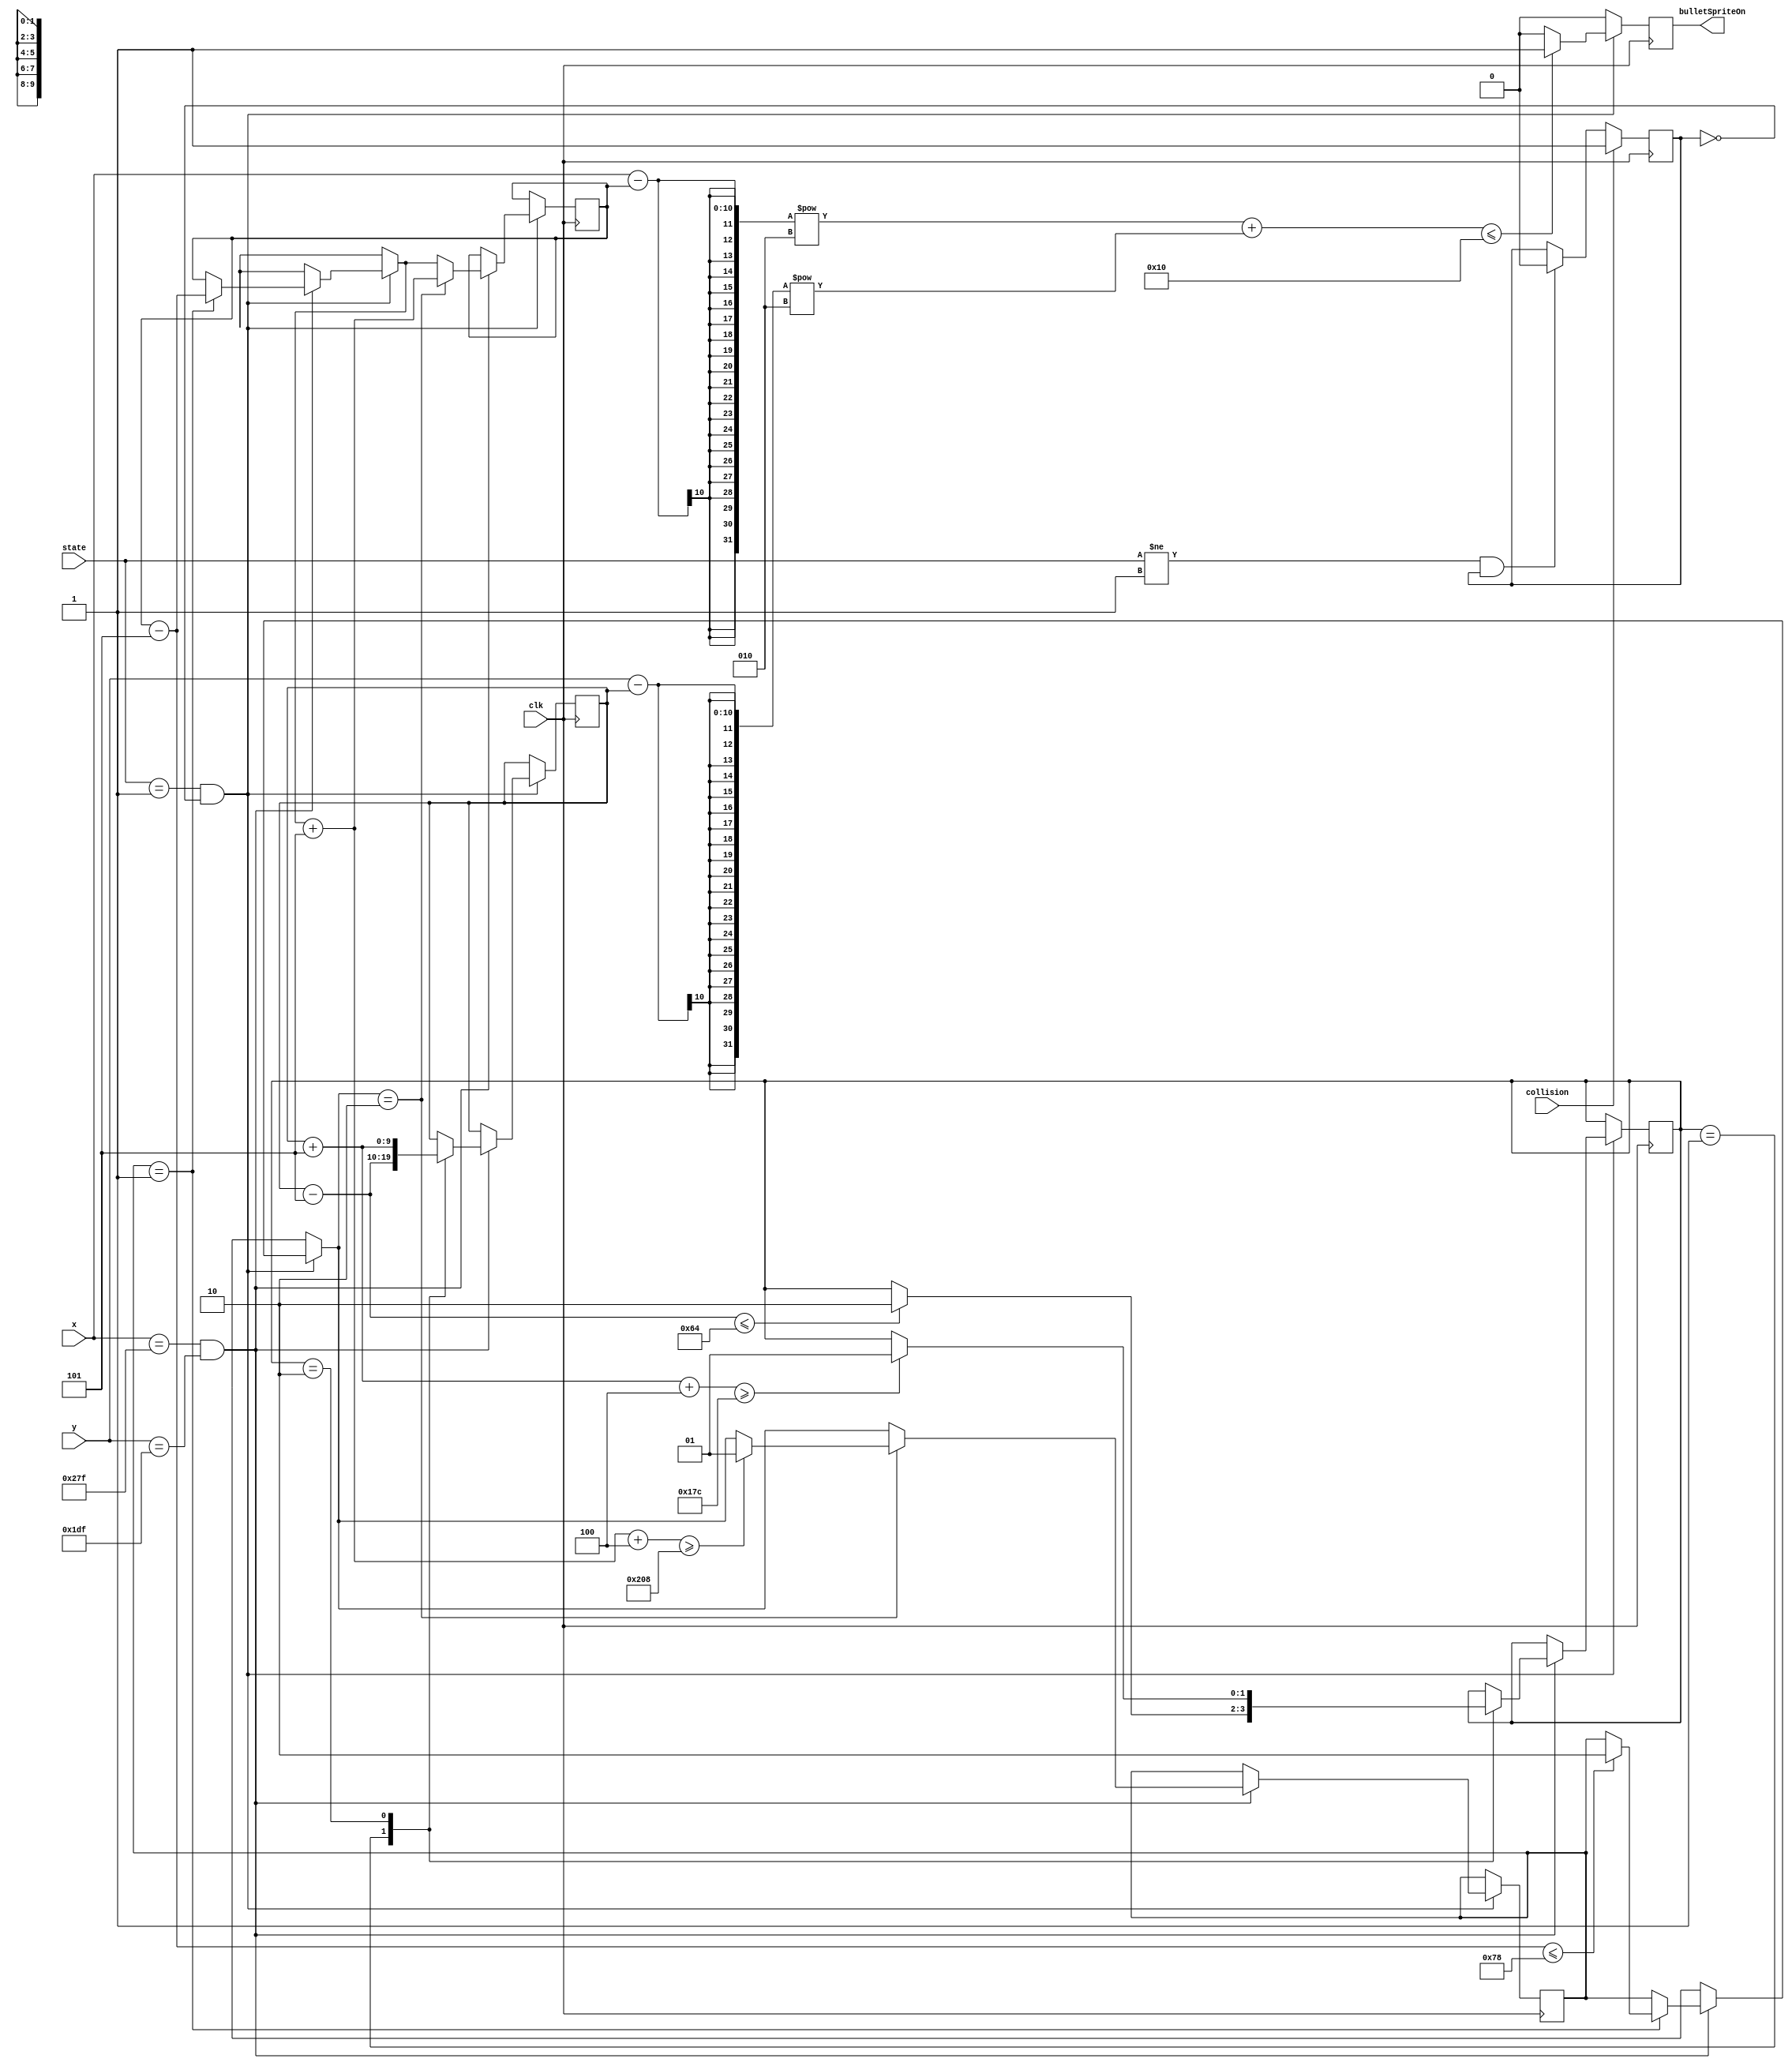
`timescale 1ns / 1ps
//////////////////////////////////////////////////////////////////////////////////
// Company: 
// Engineer: 
// 
// Design Name: 
// Module Name: bullet_sprite3
// Project Name: 
// Target Devices: 
// Tool Versions: 
// Description: 
// 
// Dependencies: 
// 
// Revision:
// Revision 0.01 - File Created
// Additional Comments:
// 
//////////////////////////////////////////////////////////////////////////////////


module bullet_sprite3(
    input wire clk,
    input wire[3:0] state,
    input wire[9:0] x,y,
    input wire collision,
    output reg bulletSpriteOn
    );
    reg [9:0] x_reg = 200, y_reg = 200; //initial pos of bullet
    reg [1:0] x_dir = 1, y_dir = 1; //0 is stop, 1 is negative, 2 is positive
    reg [9:0] address;
    reg bulletState = 0;
    localparam bulletWidth = 4;//31;
    localparam bulletHeight = 4;//30;
   
    
always @(posedge clk)
    begin
        if (state!=1 && bulletState!=0)
            bulletState <= 0;
        if (collision)
            bulletState <= 1;
        if (state==1 && bulletState==0)
        begin
//            if (x==x_reg-1&&y==y_reg-1)
//            begin
//                address <= 0;
//                bulletSpriteOn <= 1;
//            end
//            if (x>=x_reg && x<x_reg+bulletWidth && y>=y_reg && y<y_reg+bulletHeight)
            if((x-x_reg)**2+(y-y_reg)**2<=16)
            begin
                address <= address+1;//x-x_reg + (y-y_reg)*bulletWidth;
                bulletSpriteOn <= 1;
            end
            else 
            begin
                bulletSpriteOn <= 0;
            end
            if (x==639&&y==479)
            begin
                if (x_dir==2'b01) 
                begin
                    x_reg = x_reg - 5;
                    if (x_reg<=120) x_dir = 2'b10;
                end
                if (x_dir==2'b10)
                begin
                    x_reg = x_reg + 5;
                    if (x_reg+bulletWidth>=520) x_dir = 2'b01;
                end
                case (y_dir)
                    2'b01: 
                    begin
                        y_reg = y_reg - 5;
                        if (y_reg<=100) y_dir = 2'b10;
                    end
                    2'b10:
                    begin
                        y_reg = y_reg + 5;
                        if (y_reg+bulletHeight>=380) y_dir = 2'b01;
                    end
                endcase
            end
        end
        else bulletSpriteOn <= 0;
    end
endmodule